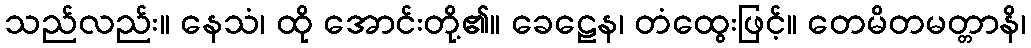
သည်လည်း။ နေသံ၊ ထို အောင်းတို့၏။ ခေဠေန၊ တံထွေးဖြင့်။ တေမိတမတ္တာနိ၊